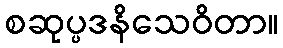
စဆုပ္ပဒနိသေဝိတာ။